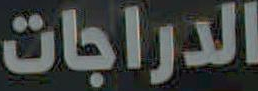
الدراجات